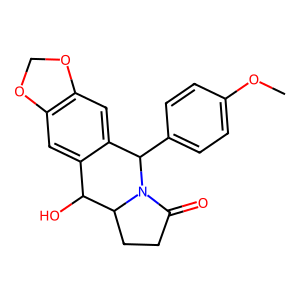
SMILES: COc1ccc(C2c3cc4c(cc3C(O)C3CCC(=O)N23)OCO4)cc1
Inhibits HIV replication: No